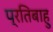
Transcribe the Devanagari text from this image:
प्रतिबाहु